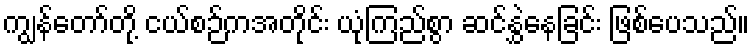
ကျွန်တော်တို့ ငယ်စဉ်ကအတိုင်း ယုံကြည်စွာ ဆင်နွှဲနေခြင်း ဖြစ်ပေသည်။